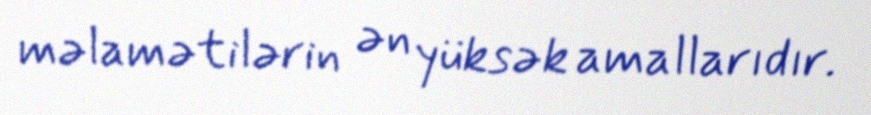
məlamətilərin ən yüksək amallarıdır.